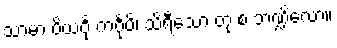
သာမာ ပိယင်္ဂု ကင်္ဂုပိ၊ သိရီသော တု စ ဘဏ္ဍိလော။